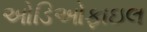
ઓડિઓફાઇલ